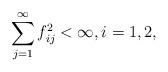
LaTeX: \begin{align*} \sum_{j = 1}^{\infty}f_{ij}^2< \infty, i = 1, 2,\end{align*}